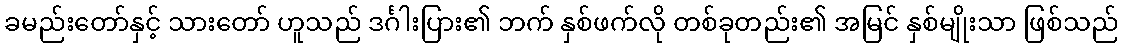
ခမည်းတော်နှင့် သားတော် ဟူသည် ဒင်္ဂါးပြား၏ ဘက် နှစ်ဖက်လို တစ်ခုတည်း၏ အမြင် နှစ်မျိုးသာ ဖြစ်သည်